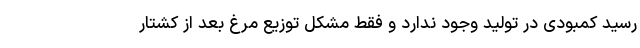
رسید کمبودی در تولید وجود ندارد و فقط مشکل توزیع مرغ بعد از کشتار